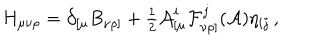
H _ { \mu \nu \rho } = \partial _ { [ \mu } B _ { \nu \rho ] } + { \textstyle \frac { 1 } { 2 } } { \cal A } _ { [ \mu } ^ { i } { \cal F } _ { \nu \rho ] } ^ { j } ( { \cal A } ) \eta _ { i j } \, ,